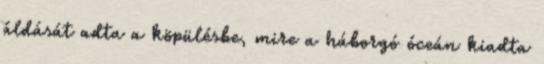
áldását adta a köpülésbe, mire a háborgó óceán kiadta